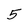
Character: 5